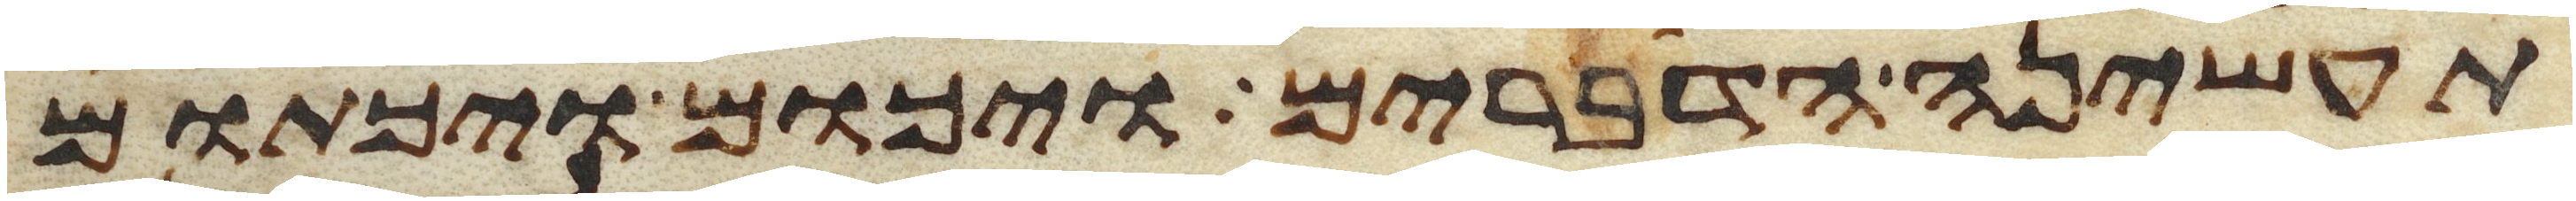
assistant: תעשינה הדברים ויכום ויכתום